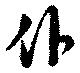
仆